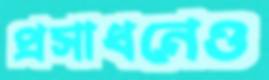
প্রসাধনেও